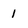
Character: 1